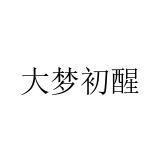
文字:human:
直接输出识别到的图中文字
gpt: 大梦初醒